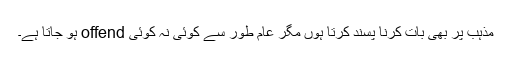
مذہب پر بھی بات کرنا پسند کرتا ہوں مگر عام طور سے کوئی نہ کوئی offend ہو جاتا ہے۔